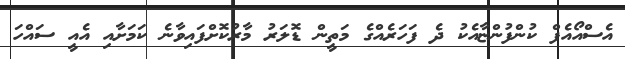
އެސްއޯއެފް ކުންފުންޏާއެކު ދެ ފަހަރެއްގެ މަތީން ޑޮލަރު މާރުކޮށްފައިވާނެ ކަމަށާއި އެއީ ސައްހަ